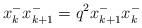
LaTeX: \begin{align*}x^{-}_kx^{-}_{k+1}=q^2x^{-}_{k+1}x^{-}_k \end{align*}